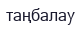
таңбалау